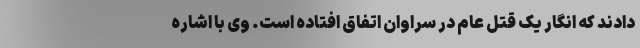
دادند که انگار یک قتل عام در سراوان اتفاق افتاده است. وی با اشاره